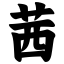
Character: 茜